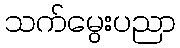
သက်မွေးပညာ